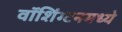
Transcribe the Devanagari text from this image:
वॉशिंग्टनमध्ये